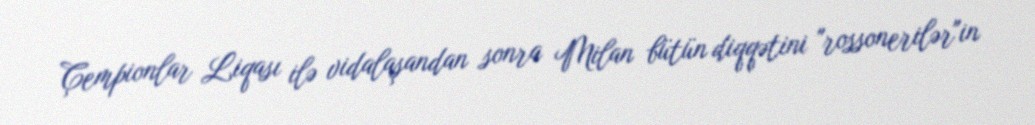
Çempionlar Liqası ilə vidalaşandan sonra Milan bütün diqqətini "rossonerilər"in